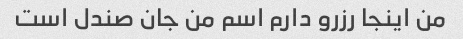
من اینجا رزرو دارم اسم من جان صندل است